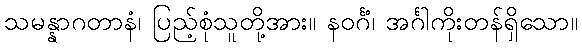
သမန္နာဂတာနံ၊ ပြည့်စုံသူတို့အား။ နဝင်္ဂံ၊ အင်္ဂါကိုးတန်ရှိသော။